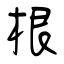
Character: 根